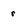
Character: r